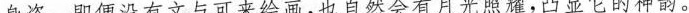
身姿。即便没有文与可来绘画，也自然会有月光照耀，凸显它的神韵。